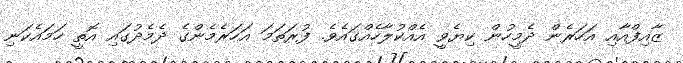
ޒާއިފްއާއި އަހަރެން ދެމީހުން ކިޔެވީ އެއްކުލާހެއްގައެވެ. ފުރަތަމަ އަހަރެމެންގެ ދެމެދުގައި އޮތީ ހަމައެކަނި